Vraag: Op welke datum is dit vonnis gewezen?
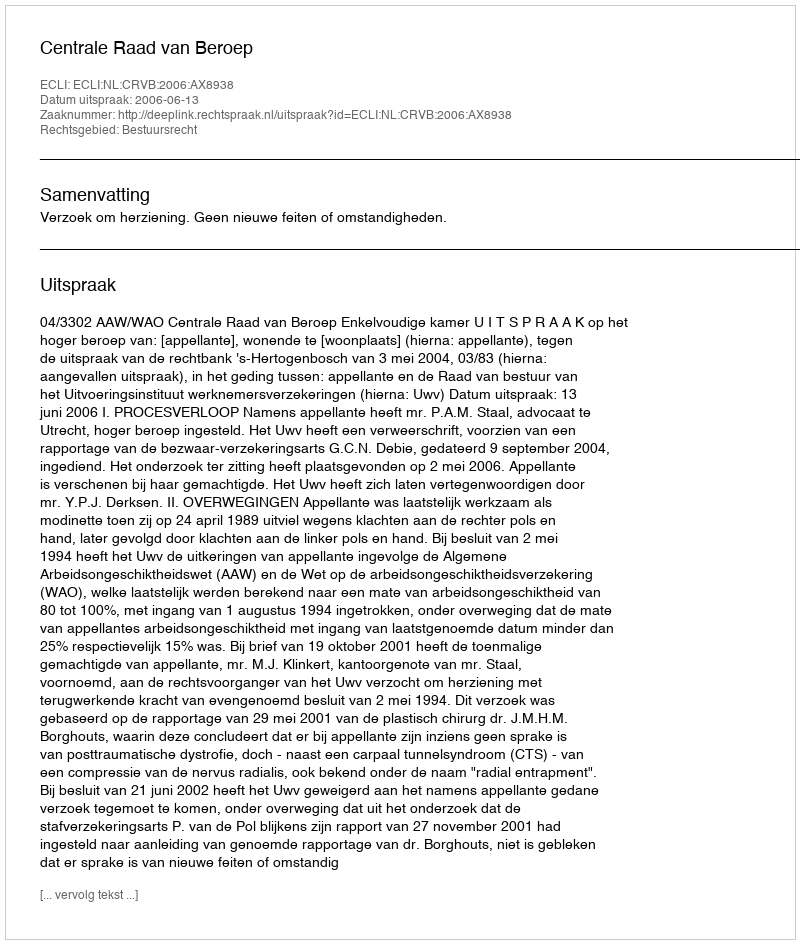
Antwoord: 2006-06-13